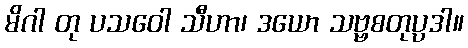
မိဂါ တု ပသဝေါ သီဟာ၊ ဒယော သဗ္ဗစတုပ္ပဒါ။